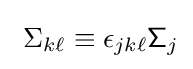
\ \Sigma _{k\ell }\equiv \epsilon _{jk\ell }{\mathsf {\Sigma }}_{j}